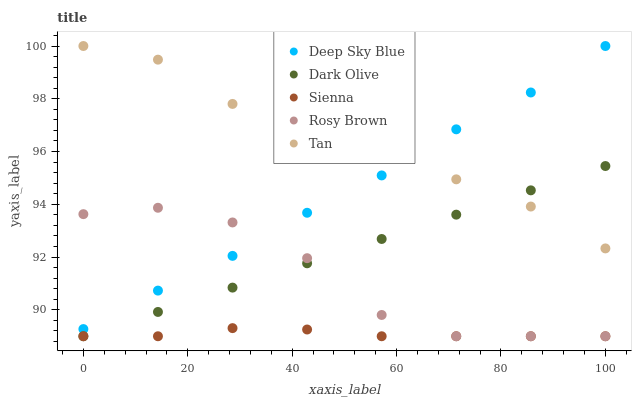
| xaxis_label | Deep Sky Blue | Dark Olive | Sienna | Rosy Brown | Tan |
 | --- | --- | --- | --- | --- | --- |
 | 0 | 89.3 | 89 | 89 | 93.6 | 100 |
 | 14.3 | 90.7 | 89.9 | 89 | 93.9 | 99.5 |
 | 28.6 | 92 | 90.8 | 89.3 | 93.3 | 97.8 |
 | 42.9 | 93.7 | 91.8 | 89.3 | 92 | 97 |
 | 57.1 | 95.1 | 92.7 | 89 | 89.8 | 96 |
 | 71.4 | 96.8 | 93.6 | 89 | 89 | 94.9 |
 | 85.7 | 98.2 | 94.5 | 89 | 89 | 93.9 |
 | 100 | 100 | 95.5 | 89 | 89 | 92.3 |